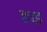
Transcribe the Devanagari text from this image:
छाइ